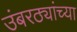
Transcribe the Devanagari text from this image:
उंबरठ्यांच्या